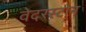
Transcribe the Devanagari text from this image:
वेदरस्‍टोन